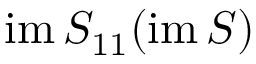
\mathrm { i m \, } S _ { 1 1 } ( \mathrm { i m } \, S )